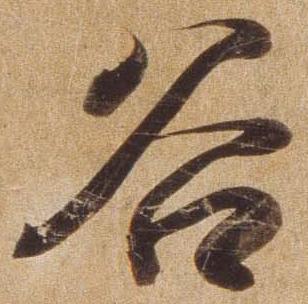
谷